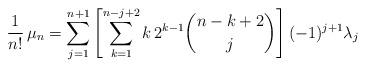
LaTeX: \begin{align*} \frac{1}{n!} \, \mu_n = \sum_{j=1}^{n+1} \left[\sum_{k=1}^{n-j+2} k\, 2^{k-1} \binom{n-k+2}{j} \right] (-1)^{j+1}\lambda_j \end{align*}